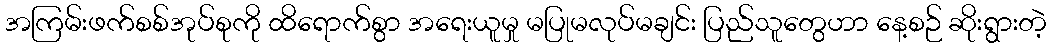
အကြမ်းဖက်စစ်အုပ်စုကို ထိရောက်စွာ အရေးယူမှု မပြုမလုပ်မချင်း ပြည်သူတွေဟာ နေ့စဉ် ဆိုးရွားတဲ့